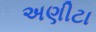
અણીટા